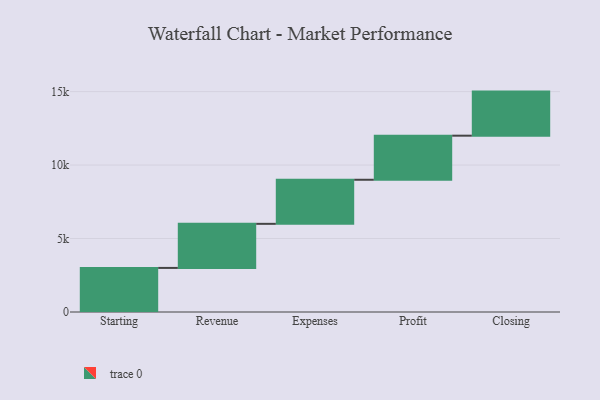
{"axis": {"x": "Step", "y": "Value"}, "legend": [""], "data": [{"x": "Starting", "y": 3000, "type": ""}, {"x": "Revenue", "y": 3000, "type": ""}, {"x": "Expenses", "y": 3000, "type": ""}, {"x": "Profit", "y": 3000, "type": ""}, {"x": "Closing", "y": 3000, "type": ""}]}